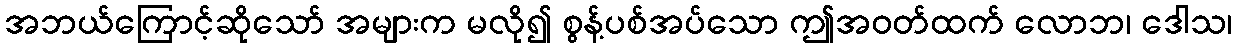
အဘယ်ကြောင့်ဆိုသော် အများက မလို၍ စွန့်ပစ်အပ်သော ဤအဝတ်ထက် လောဘ၊ ဒေါသ၊